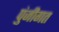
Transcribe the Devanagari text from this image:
पुंजीगत